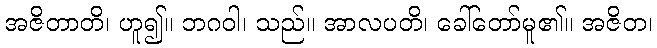
အဇိတာတိ၊ ဟူ၍။ ဘဂဝါ၊ သည်။ အာလပတိ၊ ခေါ်တော်မူ၏။ အဇိတ၊